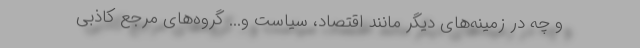
و چه در زمینه‌های دیگر مانند اقتصاد، سیاست و... گروه‌های مرجع کاذبی